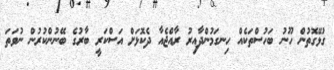
ގުޅޭގޮތުން ހޫނު ބަހުސްތަކެއް ހިނގަމުންދާއިރު ރާއްޖެއާ ދެކޮޅަށް އަސްކަރީ ބާރުގެ ބޭނުންކުރުން ނުވަތަ